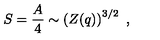
S = { \frac { A } { 4 } } \sim \left( Z ( q ) \right) ^ { 3 / 2 } \ ,